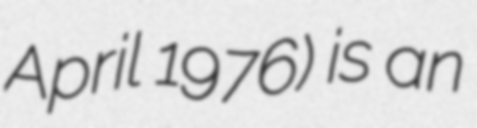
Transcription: April 1976) is an